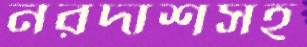
নরদাশসহ